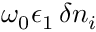
\omega _ { 0 } \epsilon _ { 1 } \, \delta n _ { i }